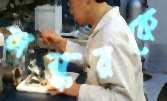
লস্করকে